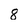
Character: 8